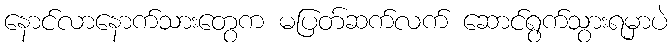
နောင်လာနောက်သားတွေက မပြတ်ဆက်လက် ဆောင်ရွက်သွားရမှာပဲ